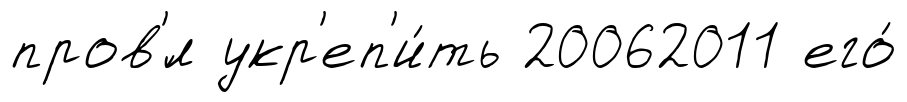
пров'́л укр'еп'и́ть 20062011 его́